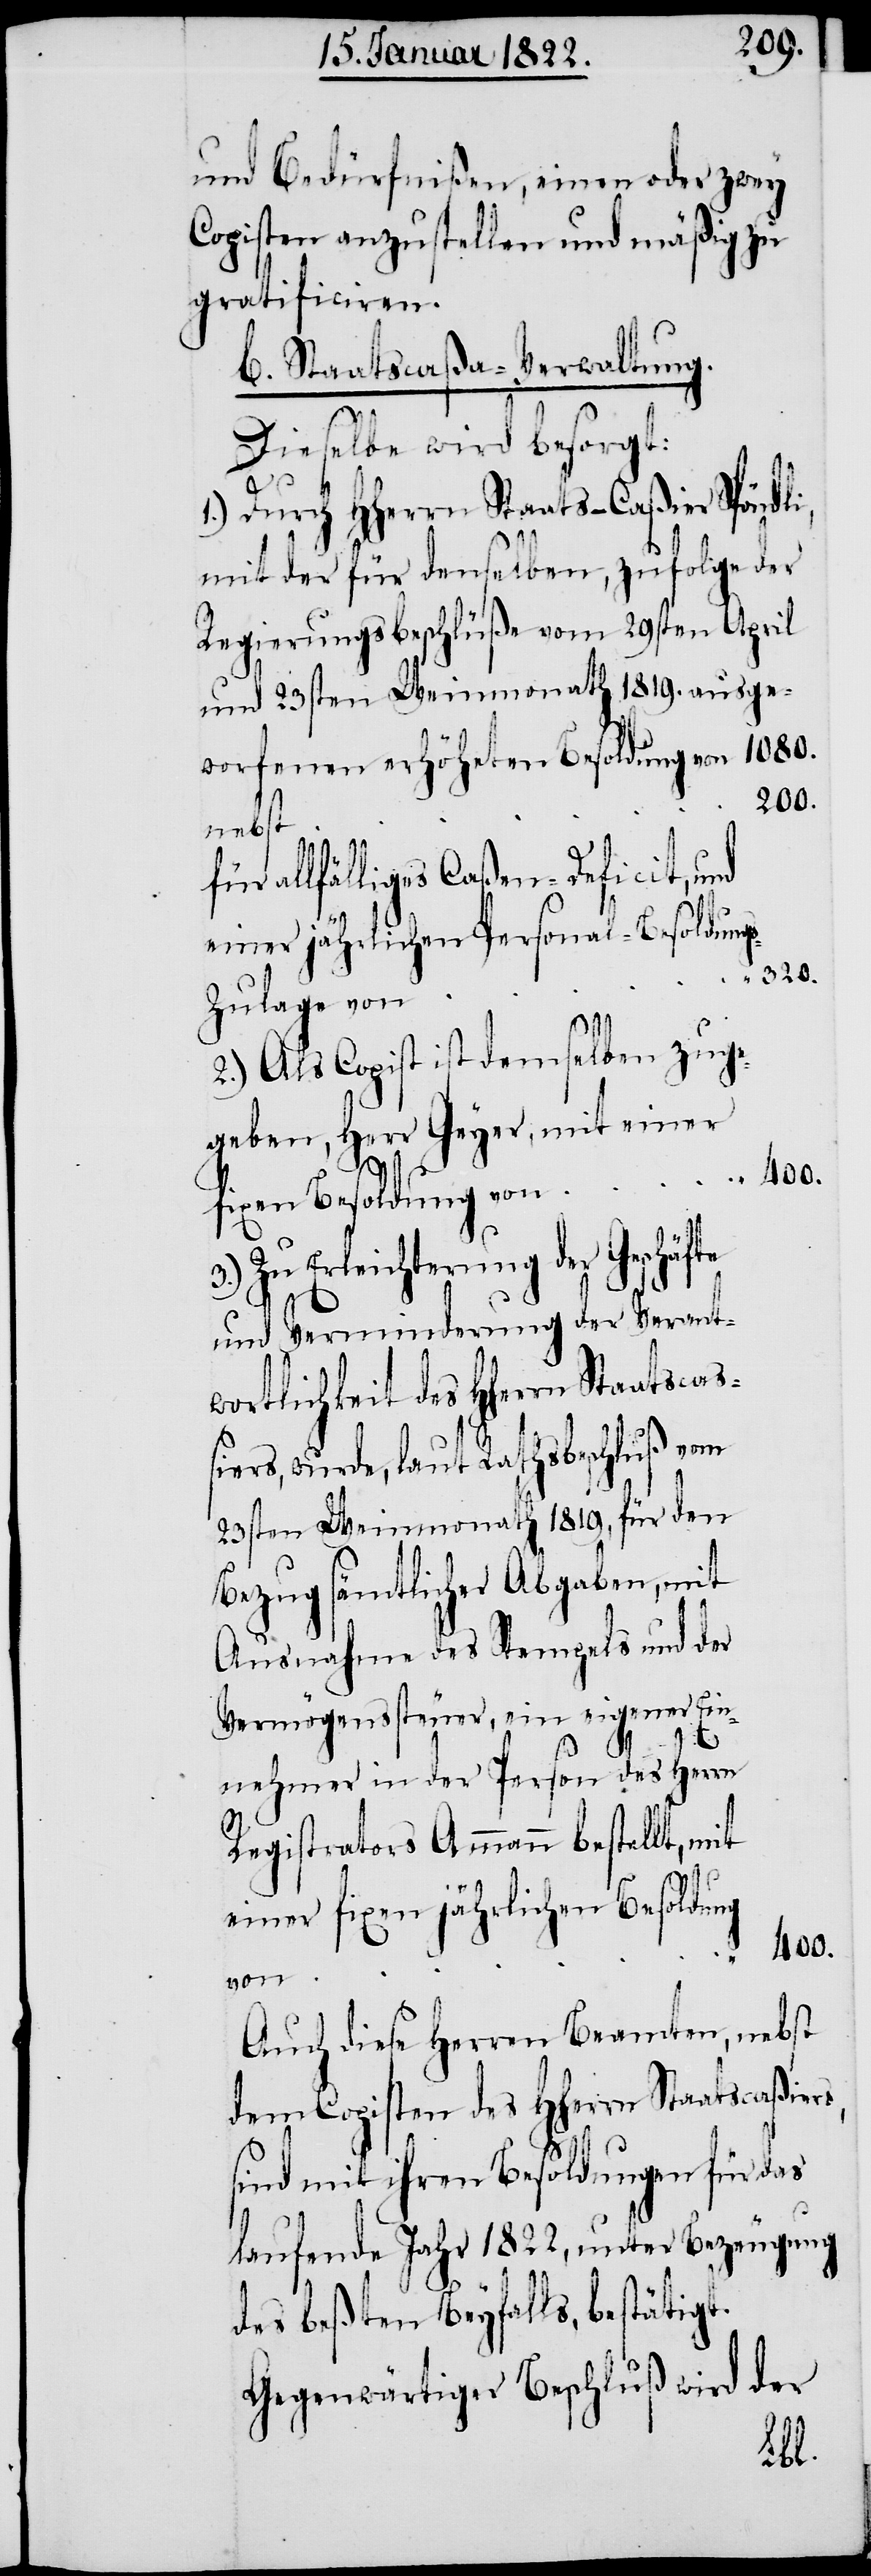
und Bedürfnißen, einen oder zwey
Copisten anzustellen und mäßig zu
gratificiren.
b. Staatscaßa-Verwaltung.
Dieselbe wird besorgt:
1.) Durch HHerrn Staats-Caßier Spöndli,
mit der für denselben, zufolge der
Regierungsbeschlüße vom 29sten April
und 23sten Weinmonath 1819. ausge¬
worfenen erhöhten Besoldung von
400.
nebst
allfälliges Caßen-Deficit, und
einer jährlichen Personal-Besoldung¬
320.
s-Zulage von
2.) Als Copist ist demselben zuge¬
geben, Herr Geyer, mit einer
fixen Besoldung von
3.) Zu Erleichterung der Geschäfte
und Verminderung der Verant¬
ung, wurde, laut Rathsbeschluß vom
23sten Weinmonath 1819, für den
Bezug sämtlicher Abgaben, mit
Ausnahme des Stempels und der
Vermögenssteuer, ein eigener Ein¬
nehmer in der Person des Herrn
Registrators Ammann bestellt, mit
einer fixen jährlichen Besoldung
von
Auch diese Herren Beamten, nebst
dem Copisten des HHerrn Staatscaßiers,
sind mit ihren Besoldungen für das
laufende Jahr 1822., unter Bezeugung
des beßten Beyfalls, bestätigt.
Gegenwärtiger Beschluß wird der
wort¬